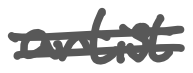
Text: artist
Cross-out: double-line
Writing tool: digital_gray